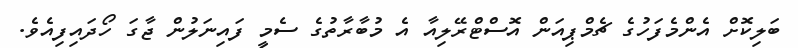
ބަލިކޮށް އެންމެފަހުގެ ޗެމްޕިއަން އޮސްޓްރޭލިއާ އެ މުބާރާތުގެ ސެމީ ފައިނަލުުން ޖާގަ ހޯދައިފިއެވެ.